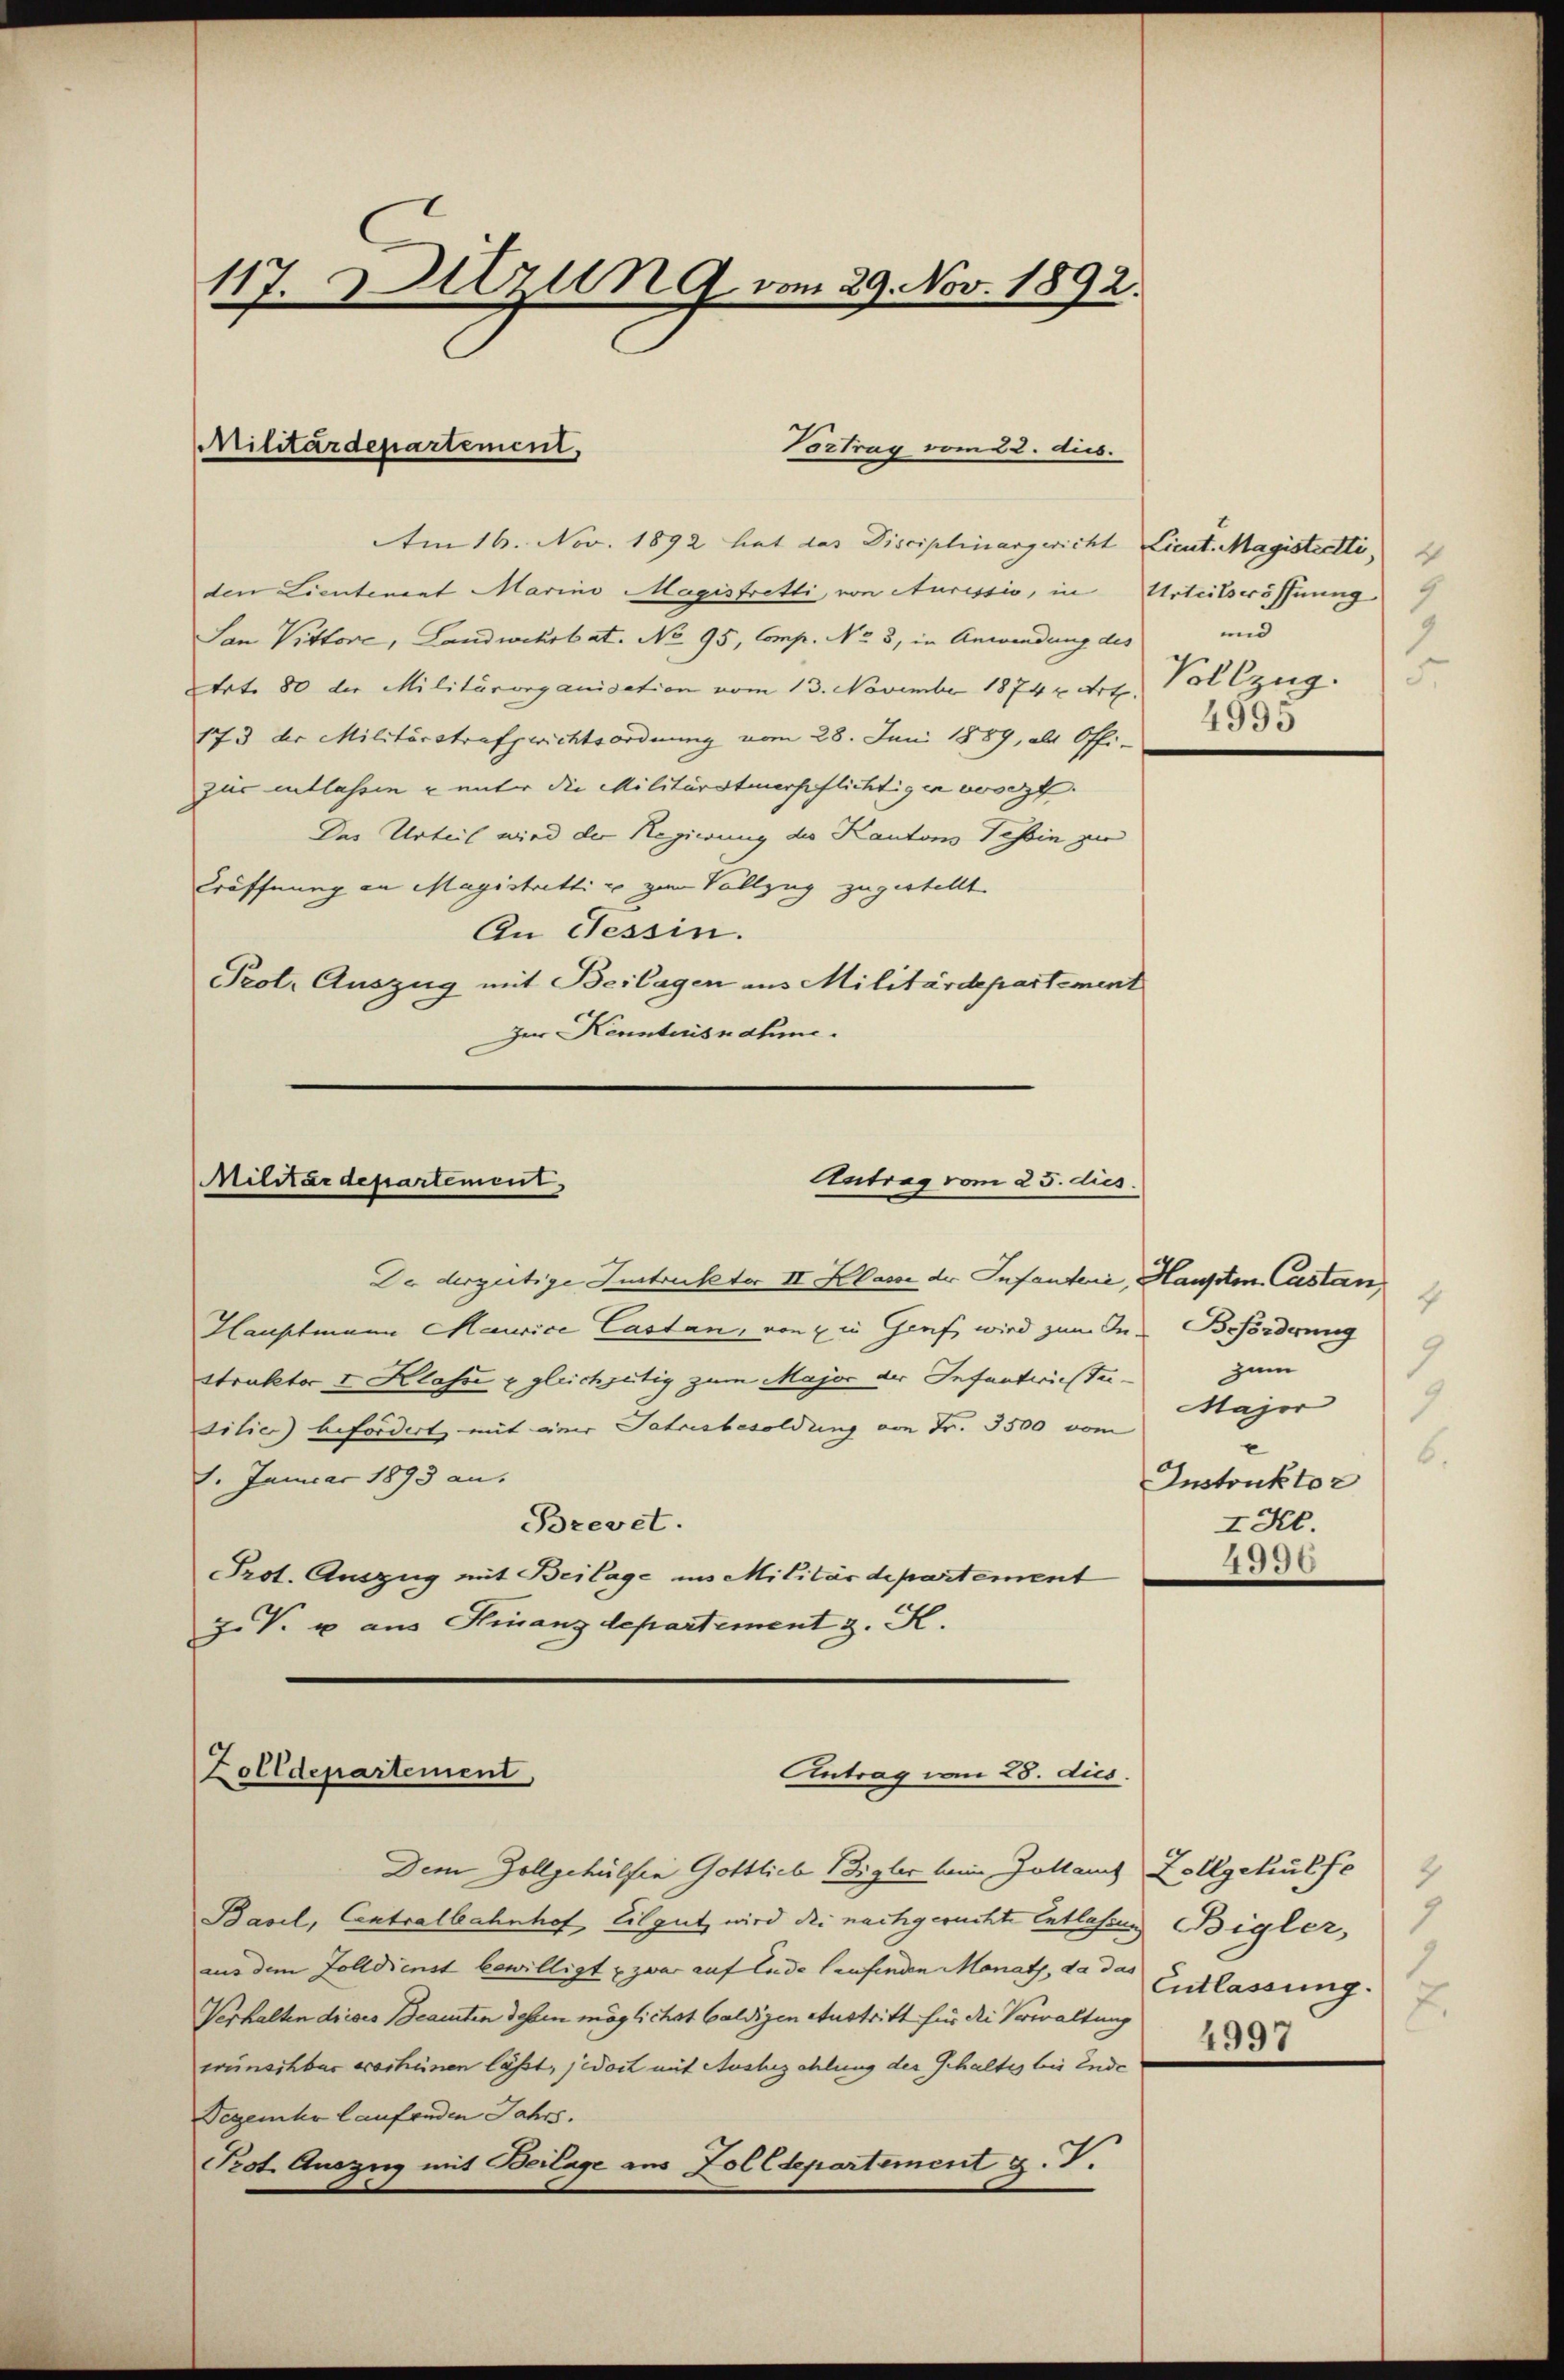
117. Setzung vom 29. No
1891.

Militärdepartement,
Vortrag vom 22. Aus

Am 16. Nov. 1892 hat das Disciplinargericht Lieut. Magistetti,
den Lieutenant Marino Magistretti, von Aurissio, in Urteilseöffnung
San Vittore, Landwehrbat. No 95, Comp. No 3, in Anwendung des
Art. 80 der Militärorganisation vom 13. November 18742 Art. Vollzug.
173 der Militärstrafgerichtsordnung vom 28. Juni 1889, als Offi-
zur entlassin – unter die Militärstmerpflichtigen worzt.
Das Urteil wird der Regierung des Kantons Tessin zu
Eröffnung an Magistritti u zum Vollzug zugestellt.
An Tessin.
Prot. Auszug mit Beilagen aus Militärdepartement
Zur Kenntnisnahme.

und
9
.
4995

Antrag vom 25. dies
Militärdepartement,

Da dergütige Instrukter II Klasse der Infanterii, Haupten Castan,
Hauptmann Maurice Castan, von zu Genf wird zum In Beförderung
struktor I. Klasse u gleichgütig zum Major der Infanterie Trisilier befordert, mit einer Jahresbesoldung von Fr. 3500 vom
1. Januar 1893 an.
Brevet.
Prot. Auszug mit Beilage in Militärdepartement
Z. V. u aus Finanzdepartement z. K.

1
3
zum
Major
1
e
6.
Instruktor
ISee.
4330

Antrag um 28. dies
Zolldepartement,

Dem Zollgehülfen Gottlich Bigler beim Zollamt Zollgekulfe
Basel, Contralbahnhof Eilgut wird die nachgeruchte Entlehrung Bigler,
aus dem Zolldienst bewilligt & zwar auf Ende laufenden Manats, da das Entlassung.
Verhalten dieses Beamten dessen möglichst baldigen Austritt für die Verwaltung
wünschbar verheinen lässt, jedoch mit Ausbezahlung des Gehaltes bis Ende
Segenher laufenden Jahrs.
Prot. Auszug mit Beilage aus Zolldepartement g. T.

2.
4997